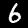
Digit: 6